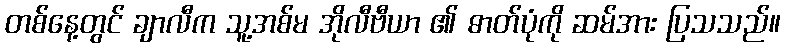
တစ်နေ့တွင် ချာလီက သူ့အစ်မ အိုလီဗီယာ ၏ ဓာတ်ပုံကို ဆမ်အား ပြသသည်။